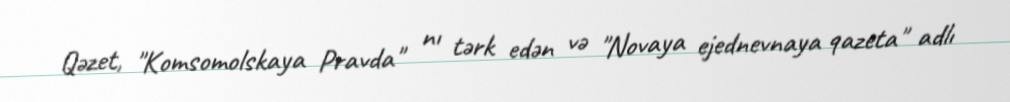
Qəzet, "Komsomolskaya Pravda" nı tərk edən və "Novaya ejednevnaya qazeta" adlı